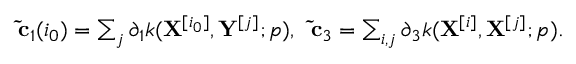
\begin{array} { r } { \mathbf { \tilde { c } } _ { 1 } ( i _ { 0 } ) = \sum _ { j } \partial _ { 1 } k ( \mathbf { X } ^ { [ i _ { 0 } ] } , \mathbf { Y } ^ { [ j ] } ; p ) , \; \; \mathbf { \tilde { c } } _ { 3 } = \sum _ { i , j } \partial _ { 3 } k ( \mathbf { X } ^ { [ i ] } , \mathbf { X } ^ { [ j ] } ; p ) . } \end{array}